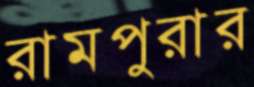
রামপুরার